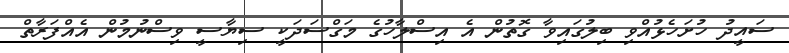
ސައީދު ހުށަހެޅުއްވި ބިލުގައިވާ ގޮތުން އެ އިސްލާހުގެ މަގްސަދަކީ ސިޔާސީ ވިސްނުމުން އެއްފަރާތް